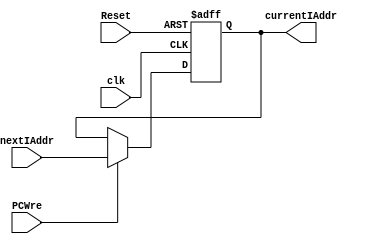
`timescale 1ns / 1ps

module PC(
    input clk,
    input Reset,
    input PCWre,
    input [31:0] nextIAddr,
    output reg [31:0] currentIAddr
    );
    
    initial currentIAddr <= 0;
    
    always @(posedge clk or negedge Reset) begin
        if(Reset == 0) currentIAddr <= 0;
        else begin
            if(PCWre == 1) currentIAddr <= nextIAddr;
            else currentIAddr <= currentIAddr;
        end
    end
endmodule